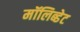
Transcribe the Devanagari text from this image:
मॉलिब्डेट